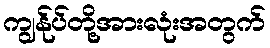
ကျွန်ုပ်တို့အားလုံးအတွက်